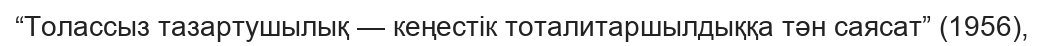
“Толассыз тазартушылық — кеңестік тоталитаршылдыққа тән саясат” (1956),